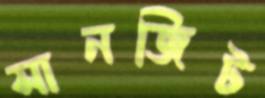
সানজিট